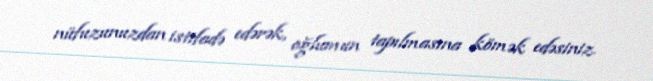
nüfuzunuzdan istifadə edərək, oğlumun tapılmasına kömək edəsiniz.